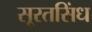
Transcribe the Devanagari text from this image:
सूरतसिंध